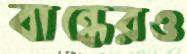
বান্ধেরও